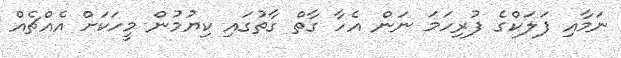
ނަމާއި ފަލަކްގެ ފުރިހަމަ ނަން އެހާ ގާތް ގާތުގައި ކިޔުމުން މީހަކަށް އެއްޗެއް